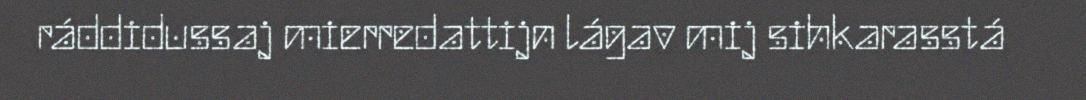
ráddidussaj mierredattijn lágav mij sihkarasstá